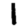
Digit: 1